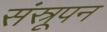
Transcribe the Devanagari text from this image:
संस्रूपन